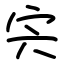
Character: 宍